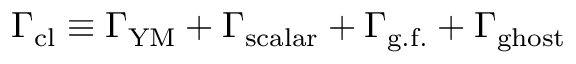
\Gamma _ { \mathrm { c l } } \equiv \Gamma _ { \mathrm { Y M } } + \Gamma _ { \mathrm { s c a l a r } } + \Gamma _ { \mathrm { g . f . } } + \Gamma _ { \mathrm { g h o s t } }